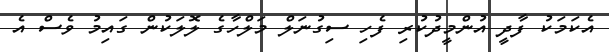
އެކަމަކު ފާދީ އުންމީދުކުރި ފެހި ސިގުނަލް މަލްހާގެ ލޮލަކުން ގައިމު ވެސް އެ